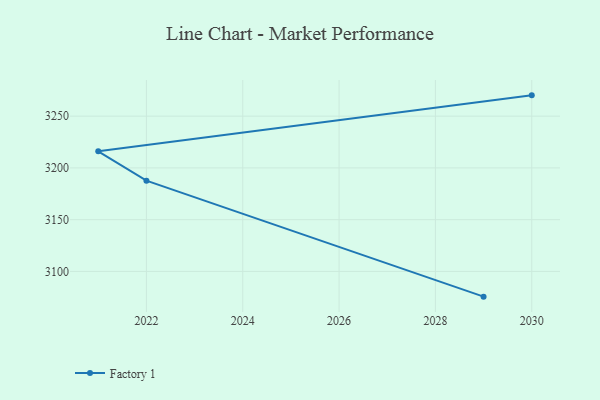
{"axis": {"x": "Year", "y": "Customer Acquisition Cost (USD)"}, "legend": ["Factory 1"], "data": [{"x": "2029", "y": 3075.6, "type": "Factory 1"}, {"x": "2022", "y": 3187.7, "type": "Factory 1"}, {"x": "2021", "y": 3216.0, "type": "Factory 1"}, {"x": "2030", "y": 3270.1, "type": "Factory 1"}]}